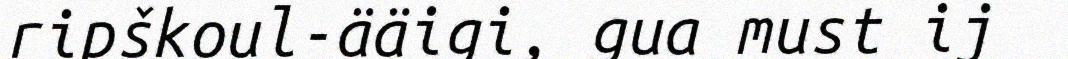
ripškoul-ääigi, gua must ij